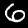
Label: 6